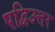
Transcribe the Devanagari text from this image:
पद्विउत्तर